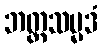
ဘတ္တသမ္မဒံ